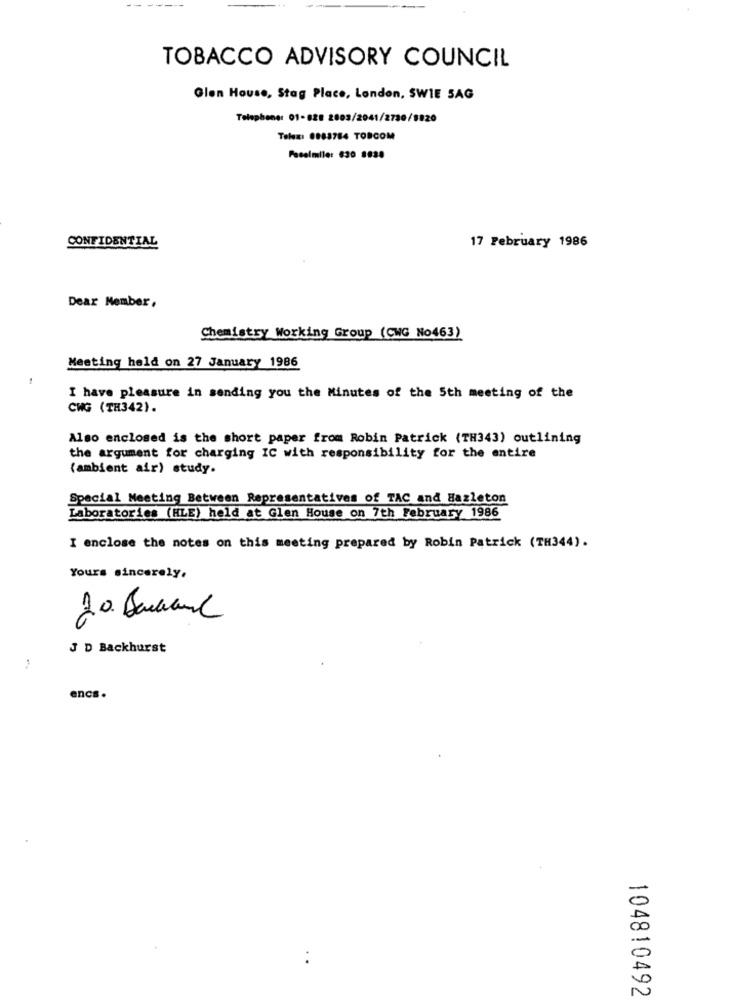
-- -----
TOBACCO ADVISORY COUNCIL
Glen House, Stag Place, London, SWIE SAG
Telephone: 01-828 2003/2041/2730/8820
Telex: 0883784 TORCOM
Focalmile: 830 8830
CONFIDENTIAL
17 February 1986
Dear Member,
Chemistry Working Group (CWG No463)
Meeting held on 27 January 1986
I have pleasure in sending you the Minutes of the 5th meeting of the
CWG (TH342).
Also enclosed is the short paper from Robin Patrick (TH343) outlining
the argument for charging IC with responsibility for the entire
(ambient air) study.
Special Meeting Between Representatives of TAC and Hazleton
Laboratories (HLE) held at Glen House on 7th February 1986
I enclose the notes on this meeting prepared by Robin Patrick (TH344).
Yours sincerely.
J D Backhurst
encs.
104810492